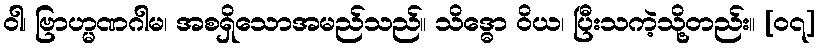
ဝါ၊ ဗြာဟ္မဏဂါမ၊ အစရှိသောအမည်သည်။ သိဒ္ဓော ဝိယ၊ ပြီးသကဲ့သို့တည်း။ [၀၇]